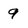
Character: 9